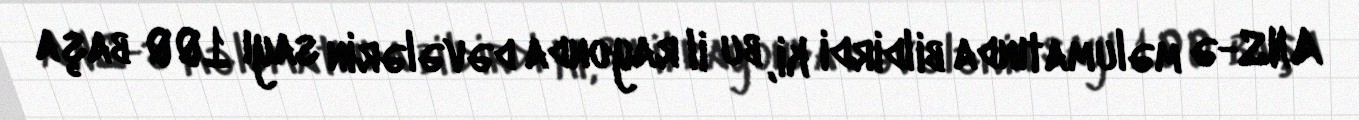
ANS-ə məlumatında bildirdi ki, bu il rayonda dəvələrin sayı 100 başa